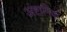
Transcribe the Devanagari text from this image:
अंष्टागिक